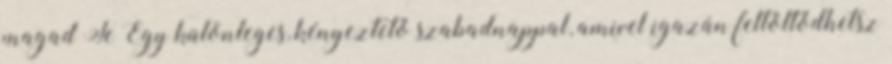
magad Te Egy különleges, kényeztető szabadnappal, amivel igazán feltöltődhetsz